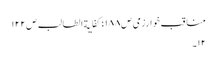
مناقب خوارزمی ص١٨٨ ؛کفایة الطالب ص١٢٢
١٢۔